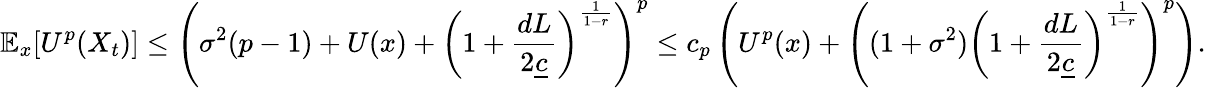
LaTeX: \mathbb{E}_{x}[U^{p}(X_{t})]\le\left(\sigma^{2}(p-1)+U(x)+\left(1+\frac{dL}{2\underline{{c}}}\right)^{\frac{1}{1-r}}\right)^{p}\le c_{p}\left(U^{p}(x)+\left((1+\sigma^{2})\left(1+\frac{dL}{2\underline{{c}}}\right)^{\frac{1}{1-r}}\right)^{p}\right).